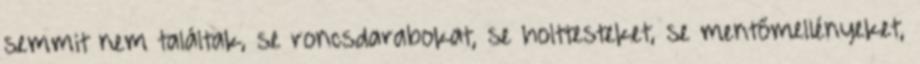
semmit nem találtak, se roncsdarabokat, se holttesteket, se mentőmellényeket,